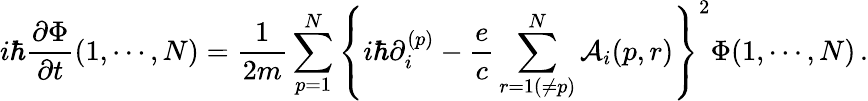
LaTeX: i\hbar{\frac{\partial\Phi}{\partial t}}(1,\cdots,N)={\frac{1}{2m}}\sum_{p=1}^{N}\left\{ i\hbar\partial_{i}^{(p)}-{\frac{e}{c}}\sum_{r=1(\ne p)}^{N}{\cal A}_{i}(p,r)\right\} ^{2}\Phi(1,\cdots,N)\, .